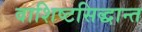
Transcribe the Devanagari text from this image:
वाशिष्टसिद्धान्त